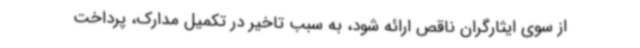
از سوی ایثارگران ناقص ارائه شود، به سبب تاخیر در تکمیل مدارک، پرداخت